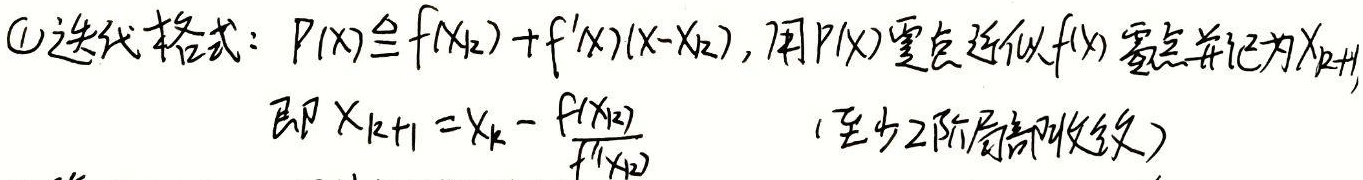
(1) 迭代格式：
\[
P(x)\triangleq f(x_k)+f^{\prime}(x)(x - x_k)
\]
用 \(P(x)\) 零点近似 \(f(x)\) 零点并记为 \(x_{k + 1}\)，即
\[
x_{k + 1}=x_k-\frac{f(x_k)}{f^{\prime}(x_k)}
\]
(至少2阶局部收敛)